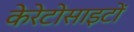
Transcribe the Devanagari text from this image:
केरेटोसाइटों